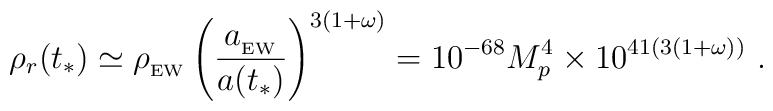
\rho_r(t_*) \simeq \rho_{_{\rm EW}} \left({a_{_{\rm EW}}\over a(t_*)}\right)^{3(1+\omega)} =  10^{-68} M_p^4 \times 10^{41(3(1+\omega))}   \ .